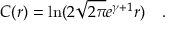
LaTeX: C ( r ) = \ln ( 2 \sqrt { 2 \pi } e ^ { \gamma + 1 } r ) \quad .